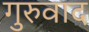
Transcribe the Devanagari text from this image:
गुरुवाद